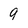
Character: 9